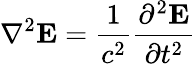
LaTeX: \nabla^{2}\mathbf{E}={\frac{1}{c^{2}}}{\frac{\partial^{2}\mathbf{E}}{\partial t^{2}}}